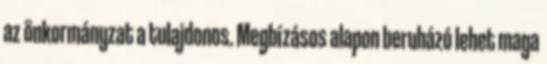
az önkormányzat a tulajdonos. Megbízásos alapon beruházó lehet maga